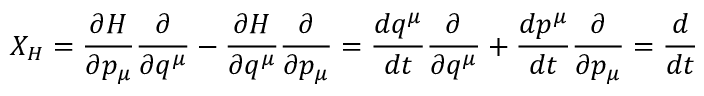
X _ { H } = { \frac { \partial H } { \partial p _ { \mu } } } { \frac { \partial } { \partial q ^ { \mu } } } - { \frac { \partial H } { \partial q ^ { \mu } } } { \frac { \partial } { \partial p _ { \mu } } } = { \frac { d q ^ { \mu } } { d t } } { \frac { \partial } { \partial q ^ { \mu } } } + { \frac { d p ^ { \mu } } { d t } } { \frac { \partial } { \partial p _ { \mu } } } = { \frac { d } { d t } }